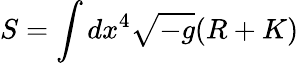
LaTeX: S=\int dx^{4}\sqrt{-g}(R+K)